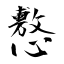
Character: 懯